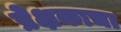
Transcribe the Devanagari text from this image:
प्रेक्षकाचा